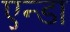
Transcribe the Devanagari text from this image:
एन्डा